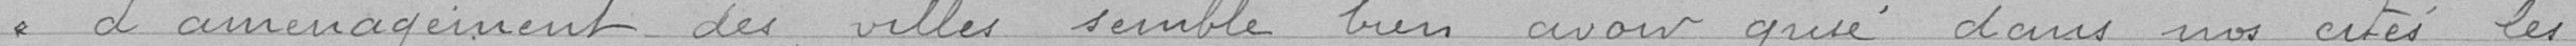
d'aménagement des villes semble bien avoir grisé dans nos cités les